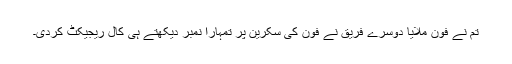
تم نے فون ملایا دوسرے فریق نے فون کی سکرین پر تمہارا نمبر دیکھتے ہی کال ریجیکٹ کردی۔